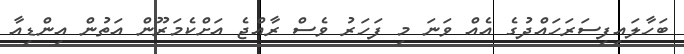
ބަހާލައިފިސަރަހައްދުގެ އެއް ވަނަ މި ފަހަރު ވެސް ރާއްޖެ އަށްކެމަރޫން އަތުން އިންޑިއާ